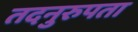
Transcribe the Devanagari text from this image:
तदनुरुपता